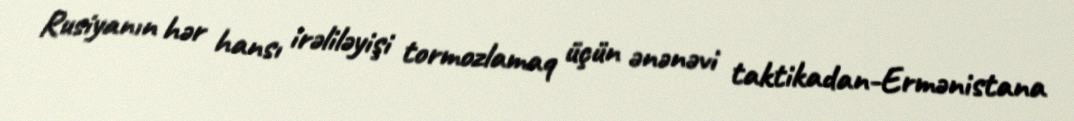
Rusiyanın hər hansı irəliləyişi tormozlamaq üçün ənənəvi taktikadan-Ermənistana